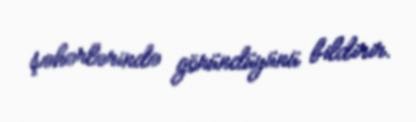
şəhərlərində göründüyünü bildirir.